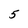
Character: 5